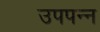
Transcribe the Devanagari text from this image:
उपपन्न